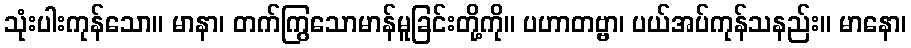
သုံးပါးကုန်သော။ မာနာ၊ တက်ကြွသောမာန်မူခြင်းတို့ကို။ ပဟာတဗ္ဗာ၊ ပယ်အပ်ကုန်သနည်း။ မာနော၊